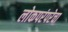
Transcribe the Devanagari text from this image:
लोकपरंपरेचा